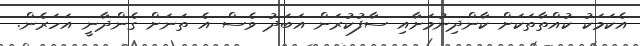
އެކަމަކު ކުއްތާތަކަށް ކާންދިނުމަށާއި ސާފުކުރަން އަބަދު ވެސް އެ ތަނަށް ގެންދާނީ އަހަރެން.